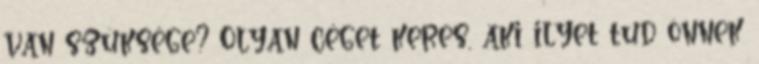
van szüksége? Olyan céget keres, aki ilyet tud önnek